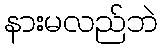
နားမလည်ဘဲ